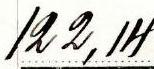
122,14